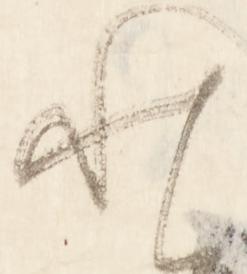
と